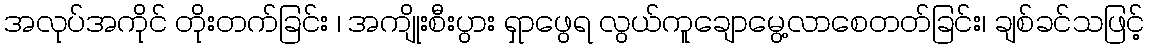
အလုပ်အကိုင် တိုးတက်ခြင်း ၊ အကျိုးစီးပွား ရှာဖွေရ လွယ်ကူချောမွေ့လာစေတတ်ခြင်း၊ ချစ်ခင်သဖြင့်